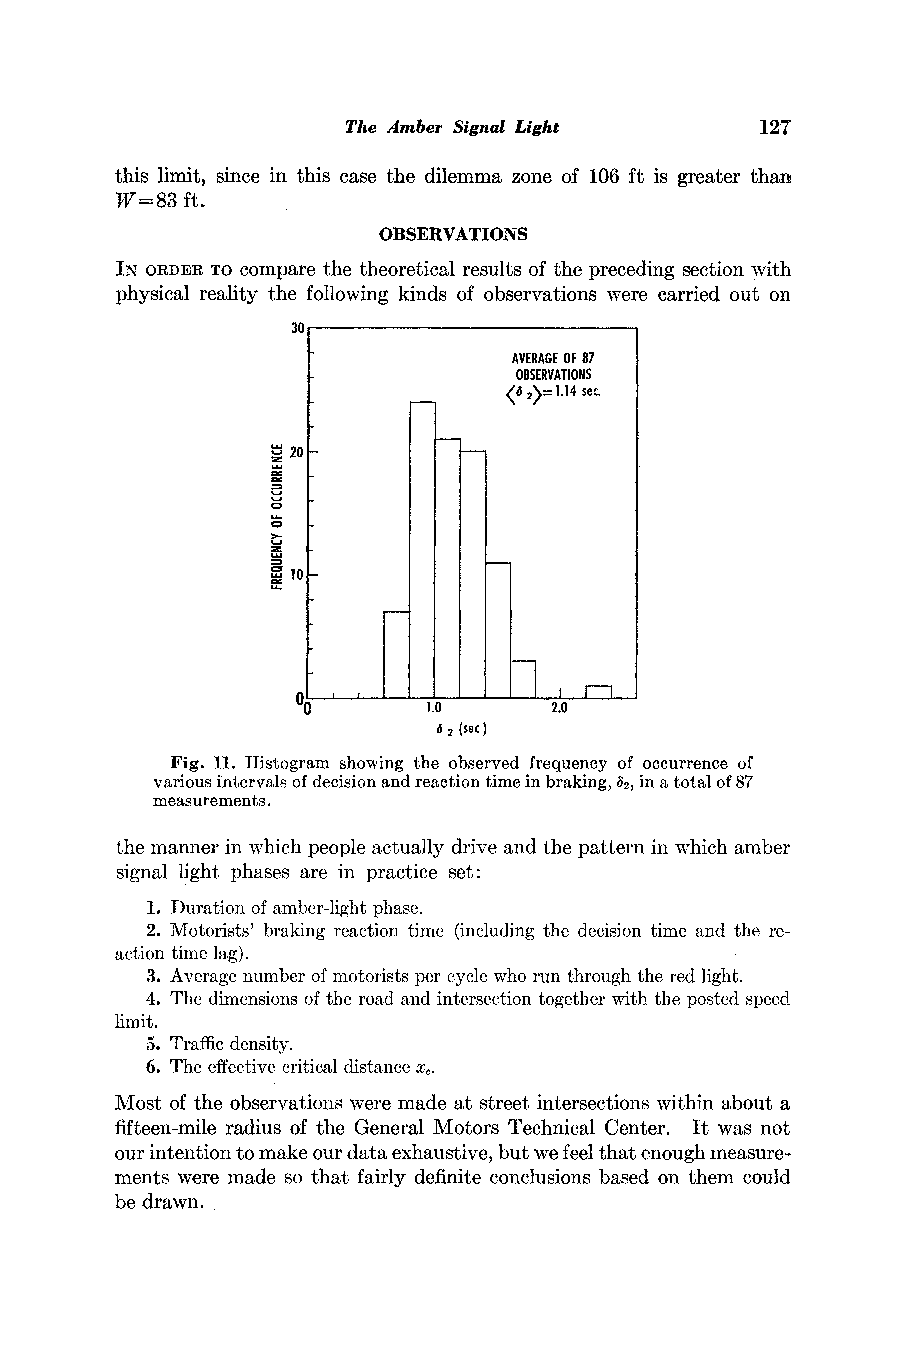
The Amber Signal Light     127
 this limit, since in this case the dilemma zone of 106 ft is greater than
 W-=83 ft.
 OBSERVATIONS
 IN ORDERT Oc ompare the theoretical results of the preceding section with
 physical reality the following kinds of observations were carried out on
 30
 AVERAGOEF8 7
 OBSERVATIONS
 <6 2>-1.14 sec.
 z 20 -
 Io-
 C)
 0       1.0      2.0
 6 2 (sec)
 Fig. 11. Histograms howing the observed frequencyo f occurrenceo f
 variousi ntervals of decision and reaction time in braking, in a total of 87
 62,
 measurements.
 the manner in which people actually drive and the pattern in which amber
 signal light phases are in practice set:
 1. Durationo f amber-lightp hase.
 2. Motorists' braking reaction time (includingt he decision time and the re-
 action time lag).
 3. Averagen umbero f motoristsp er cycle who run throught he red light.
 4. The dimensionso f the road and intersectiont ogetherw ith the posted speed
 limit.
 5. Trafficd ensity.
 6. The effectivec riticald istancex ?.
 Most of the observations were made at street intersections within about a
 fifteen-mile radius of the General Motors Technical Center. It was not
 our intention to make our data exhaustive, but we feel that enough measure-
 ments were made so that fairly definite conclusions based on them could
 be drawn.